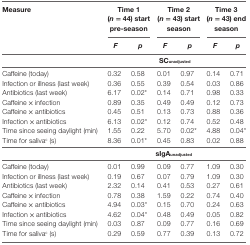
| Measure | <COLSPAN=2> Time 1 (n = 44) start pre-season | <COLSPAN=2> Time 2 (n = 43) start season | <COLSPAN=2> Time 3 (n = 43) end season |
 |  | F | p | F | p | F | p |
 | --- | --- | --- | --- | --- | --- | --- |
 |  | <COLSPAN=6> SCunadjusted |
 | Caffeine (today) | 0.32 | 0.58 | 0.01 | 0.97 | 0.14 | 0.71 |
 | Infection or illness (last week) | 0.36 | 0.55 | 0.39 | 0.54 | 0.03 | 0.86 |
 | Antibiotics (last week) | 6.17 | 0.02* | 0.14 | 0.71 | 0.98 | 0.33 |
 | Caffeine × infection | 0.89 | 0.35 | 0.49 | 0.49 | 0.12 | 0.73 |
 | Caffeine × antibiotics | 0.45 | 0.51 | 0.13 | 0.73 | 0.88 | 0.36 |
 | Infection × antibiotics | 6.13 | 0.02* | 0.12 | 0.74 | 0.52 | 0.48 |
 | Time since seeing daylight (min) | 1.55 | 0.22 | 5.70 | 0.02* | 4.88 | 0.04* |
 | Time for salivac (s) | 8.36 | 0.01* | 0.45 | 0.83 | 0.02 | 0.88 |
 |  | <COLSPAN=6> sIgAunadjusted |
 | Caffeine (today) | 0.01 | 0.99 | 0.09 | 0.77 | 1.09 | 0.30 |
 | Infection or illness (last week) | 0.19 | 0.67 | 0.07 | 0.79 | 1.09 | 0.30 |
 | Antibiotics (last week) | 2.32 | 0.14 | 0.41 | 0.53 | 0.27 | 0.61 |
 | Caffeine × infection | 0.78 | 0.38 | 1.59 | 0.22 | 0.74 | 0.40 |
 | Caffeine × antibiotics | 4.94 | 0.03* | 0.15 | 0.70 | 0.24 | 0.63 |
 | Infection × antibiotics | 4.62 | 0.04* | 0.48 | 0.49 | 0.05 | 0.82 |
 | Time since seeing daylight (min) | 0.03 | 0.87 | 0.09 | 0.77 | 0.16 | 0.69 |
 | Time for salivac (s) | 0.29 | 0.59 | 0.77 | 0.39 | 0.13 | 0.72 |